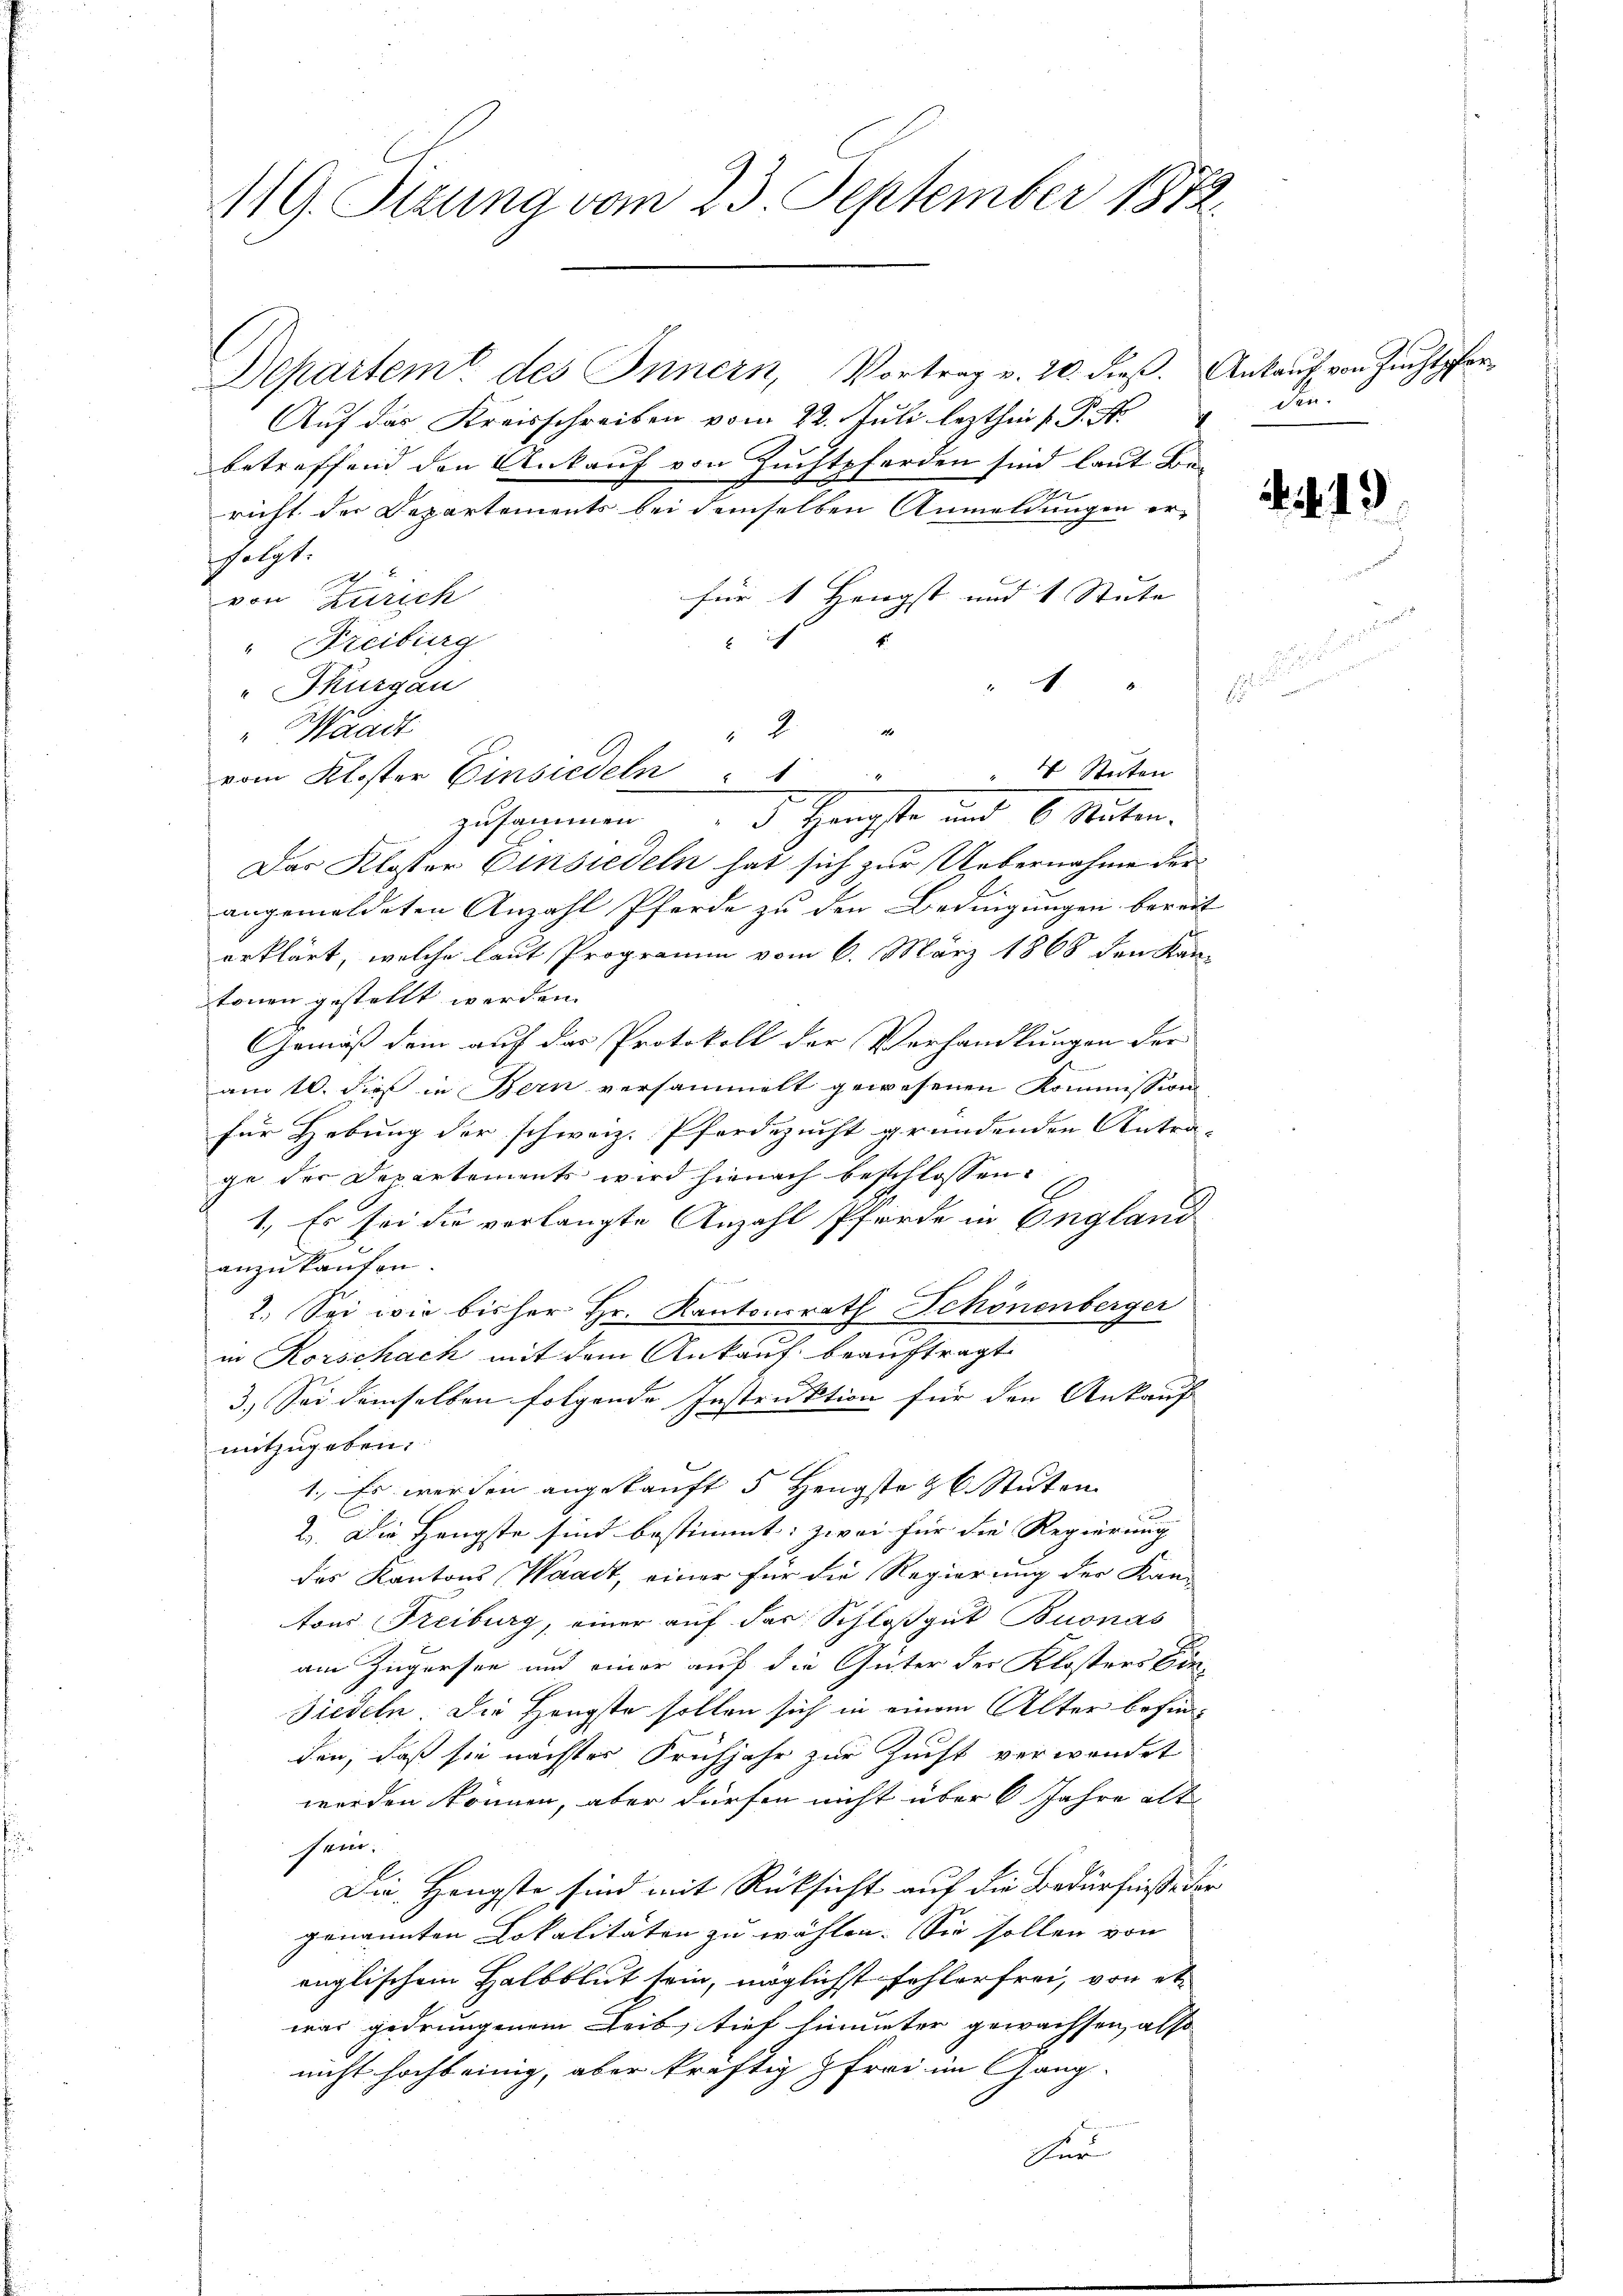
119. Perung vom 23. September 1872.

Departem des Innern, Vortrag v. 20. dieß.
Auf das Kreisschreiben vom 22. Juli lezthin 1. P. R.
betreffend den Ankauf von Zuchtpferden sind laut Be-
richt der Departements bei demselben Anmeldungen er-
elgt.
2
für 1 Hengst und 1 Stute |
von Zürich
B
" Freiburg
A
 Thurgau
" Waadt
zusammen.   Hengste und 6. Seiten.
Das Klasser Einsiedeln hat sich zur Uebernahme der
angemeldeten Anzahl Pferde zu den Bedingungen bereit
erklärt, welche laut Programm vom 6. März 1868 den Kantonen gestellt werden.
Gemäß dem auf das Protokoll der Verhandlungen der
am 10. dieß in Bern versammelt gewesenen Kommission
für Hebung der schweiz. Pferdezucht gründenden Antra-
ge der Departements wird hienach beschlossen:
1., Es sei die verlangte Anzahl Pferde in England
anzukaufen.
2. Sei wie bisher Hr. Kantonsrath Schönenberger
in Korschach mit dem Ankauf beauftragt
3. Sei demselben folgende Instruktion für den Ankauf
mitzugeben.
1. Es werden angekauft 5 Hengste zb. Stuten
2. Die Hengste sind bestimmt: zwei für die Regierung
de
des Kantons Waadt, einer für die Regierung der Kan-
Atous Treiburg, einer auf das Schloß gut Buonas
am Zugersee und einer auf die Güter der Klosters Con-
Siedeln. Die Hängste sollen sich in einem Alter befinden, daß sie nächster Frühjahr zur Zucht verwendet
werden können, aber dürfen nicht über 6 Jahre alt
Fari;
Die Hengste sind mit Rücksicht auf die Bedürfniße der
genannten Lokalitäten zu wählen. Sie sollen von
englischem Halbblut sein, möglichst fehlerfrei, von et
war gedrungenem Zeit, tief hinunter gewachsen, also
nicht hocht einig, aber kräftig & Frei im Gang-
thur

2 x
vom Kloster Einsiedeln " " " " 4 Stŭten

Ankauf von Zuchtpfer
den.

E

1